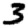
Digit: 3